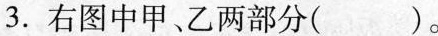
3.右图中甲、乙两部分()